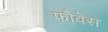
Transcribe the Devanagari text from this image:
फौवेस